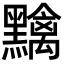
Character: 𪒭